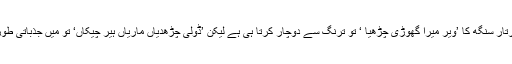
سو ، ان موقعوں پر فلم کرتار سنگھ کا ’ویر میرا گھوڑی چڑھیا ‘ تو ترنگ سے دوچار کرتا ہی ہے لیکن ’ڈولی چڑھدیاں ماریاں ہیر چیکاں‘ تو میں جذباتی طور پہ افورڈ ہی نہیں کرتا ۔